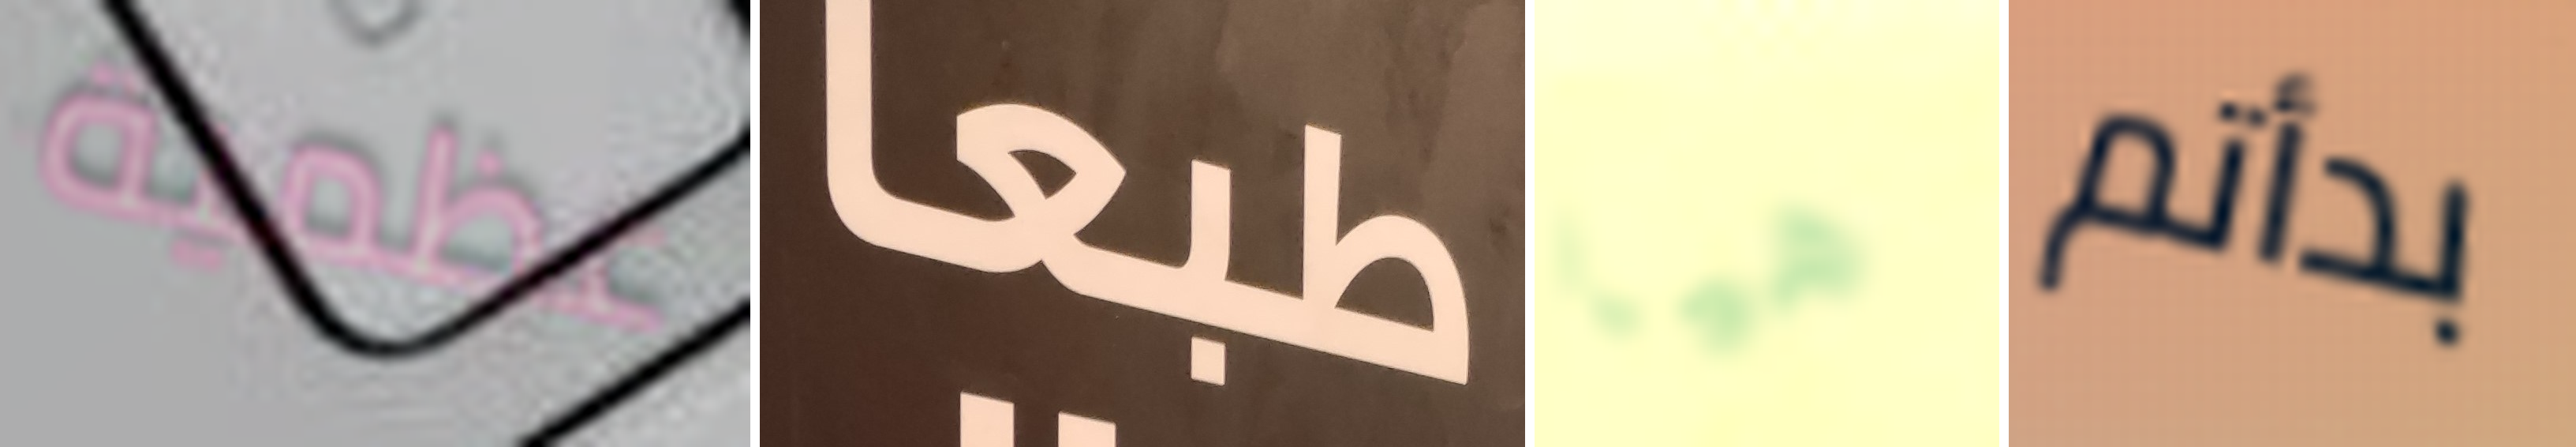
عظمية طبعا هيا بدأتم